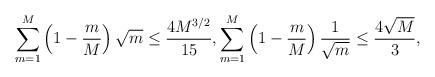
LaTeX: \begin{align*}\sum_{m=1}^M \left(1-\frac{m}{M}\right)\sqrt{m} \le \frac{4M^{3/2}}{15},\sum_{m=1}^M \left(1-\frac{m}{M}\right)\frac{1}{\sqrt{m}} \le\frac{4\sqrt{M}}{3},\end{align*}